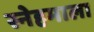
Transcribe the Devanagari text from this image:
स्नेहमाला